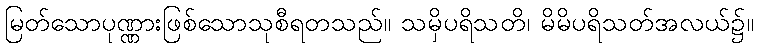
မြတ်သောပုဏ္ဏားဖြစ်သောသုစီရတသည်။ သမှိပရိသတိ၊ မိမိပရိသတ်အလယ်၌။